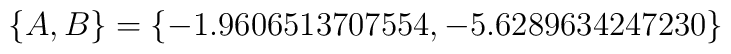
\{ A,B\} =\{-1.9606513707554, -5.6289634247230\}